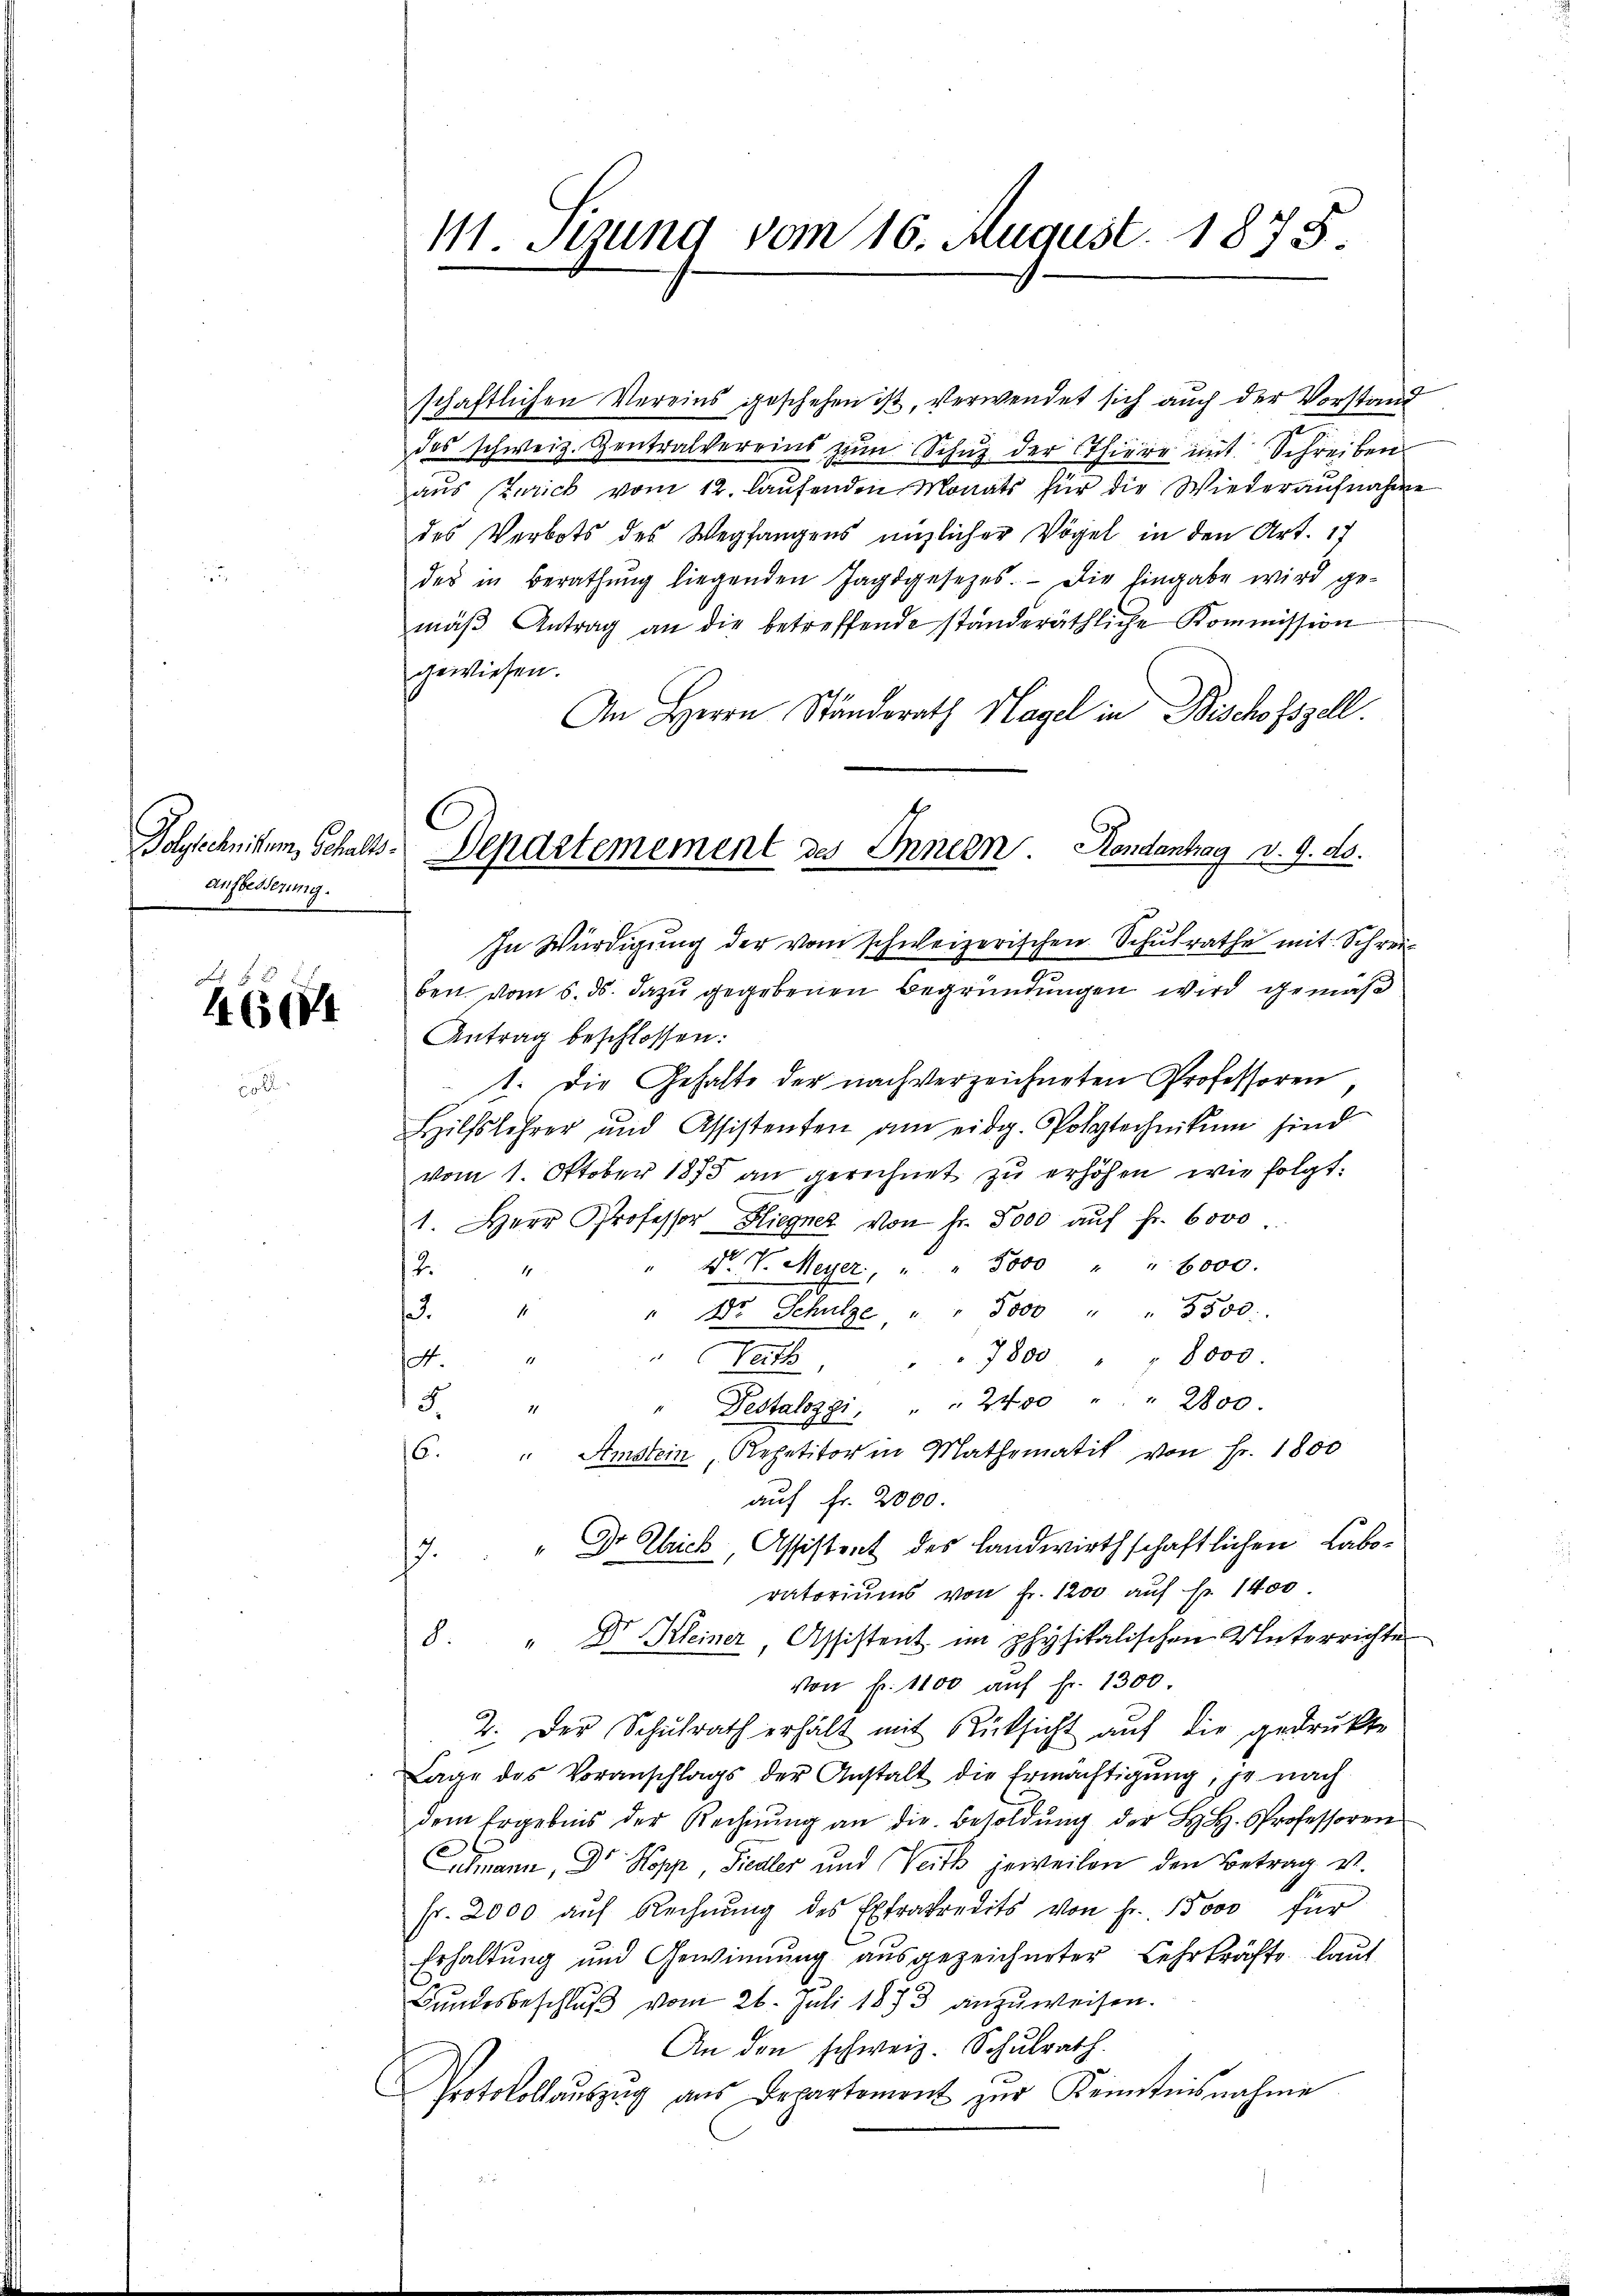
aufbesserung.

I 6644

schaftlichen Vereins geschehen ist, verwendet sich auch der Vorstand
des schweiz. Zentralvereins zŭm Schuz der Thiere mit Schreiben
aŭs (Zürich vom 12. laŭfenden Monats für die Wiederaŭfnahme
des Verbots des Wegfangens nützlicher Vögel in den Art. 17
des in Berathŭng liegenden Jagdgesetzes. Die hingabe wird ge-
mäβ Antrag an die betreffende standeräthliche Kommission
gewiesen.
An Herrn Ständerath Hagel in Bischofszell.
In Würdigŭng der vom schweizerischen Schulrathe mit Schrei
beit vom 6. ds. dazu gegebenen Begründungen wird gemäß
Antrag beschlossen:
1. Die Gehalte der nach verzeichneten Professoren
Hilfslehrer und Assistenten am eidg. Polytechnikum sind
vom 1. Oktober 1875 an gerichnet zu erhöhen, wie folgt:
1. Herr Professor Fliegner von fr. 5000 aŭf Fr. 6000
Dr. V. Meyer, " " 8000 " " 6000.
2
.
dr Schulze " " 3000 " " 3500.
Peth " " 7800 " " 8000.
A.
15
Pestalozzi, " " 2400 " " 2800.
11
6. " Amstein Repetitor in Mathematik von Fr. 1800
auf Fr. 2000.
7. " " Dr. Chrich, Assistent des landwirthschaftlichen Laboratoriums von Fr. 1200 auf Fr. 1400
8. " Dr. Kleiner Assistent im physikalischen Unterrichte
von fr. 1100 auf fr. 1300
2. Der Schŭlrath erhält mit Rücksicht aŭf die gedrukte
Lage des Voranschlags der Anstalt die Ermächtigung, je nach
dem Ergebnis der Rechnŭng an die Besoldŭng der B. H. Professoren
Imann, Dr Kopp Fiedler und Veith jeweilen den Betrag v.
fr. 2000 aŭf Rechnŭng des Extrakredits von Fr. 1000 für
Erhaltung und Gewinnung ausgezeichneter Lehrkräfte laut
Bundesbeschlŭβ vom 26. Juli 1873 anzuweisen.
An den schweiz. Schulrath.
Protokollauszug aus Departement zur Kenntnisnahme

M. Stund vom 16. August 1875.

Polytechnikum, Schalts-Departemement des Innern Hondantrag d. 9. ds.